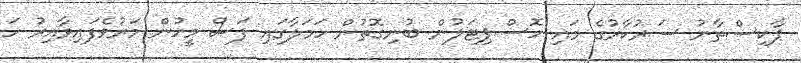
ޕާކިސްތާނު ސަރުކާރުގެ މައި ހޮސްޕިޓަލުން ބުނިގޮތުން ހަމަލާގައި ފަސް މީހުން މަރުވެފައިވާއިރު ހަ